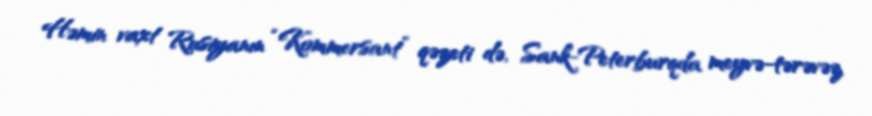
Həmin vaxt Rusiyanın “Kommersant” qəzeti də, Sank-Peterburqda meyvə-tərəvəz